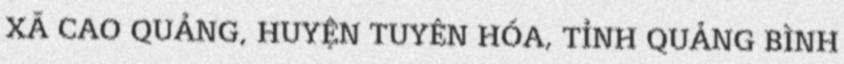
XÃ CAO QUẢNG, HUYỆN TUYÊN HÓA, TỈNH QUẢNG BÌNH